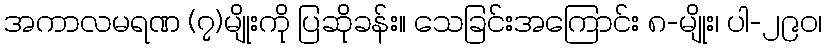
အကာလမရဏ (၇)မျိုးကို ပြဆိုခန်း။ သေခြင်းအကြောင်း ၈-မျိုး၊ ပါ-၂၉၀၊